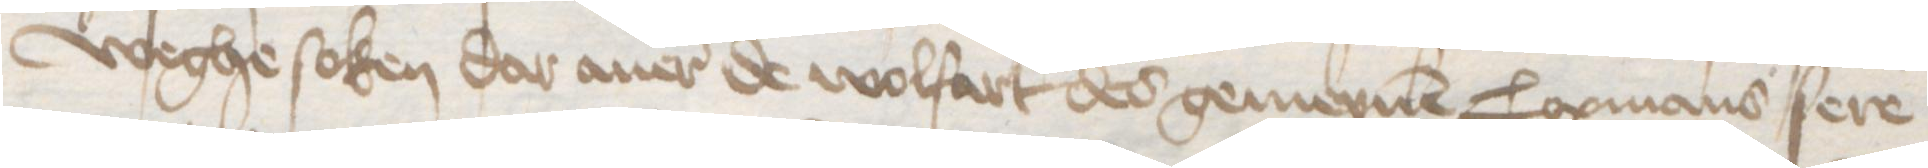
weghe soken dar auer de wolfart des gemeynen Copmans sere